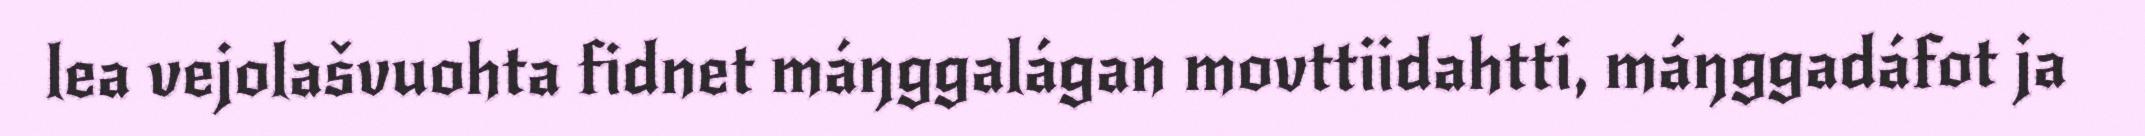
lea vejolašvuohta fidnet máŋggalágan movttiidahtti, máŋggadáfot ja